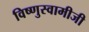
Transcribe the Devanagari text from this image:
विष्णुस्वामीजी